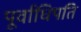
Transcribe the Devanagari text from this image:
पूर्वाधिपति